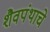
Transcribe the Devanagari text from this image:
शैवपंथाचे